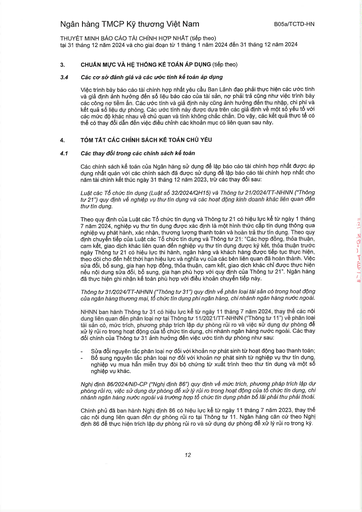
|3.|CHUẨN MỰC VÀ HỆ THỐNG KẾ TOÁN ÁP DỤNG (tiếp theo)| |---|---| |3.4|Các cơ sở đánh giá và các ước tính kế toán áp dụng| ||Việc trình bày báo cáo tài chính hợp nhất yêu cầu Ban Lãnh đạo phải thực hiện các ước tính và giả định ảnh hưởng đến số liệu báo cáo của tài sản, nợ phải trả cũng như việc trình bày các công nợ tiềm ẩn. Các ước tính và giả định này cũng ảnh hưởng đến thu nhập, chi phí và kết quả số liệu dự phòng. Các ước tính này được dựa trên các giả định về một số yếu tố với các mức độ khác nhau về chủ quan và tính không chắc chắn. Do vậy, các kết quả thực tế có thể có thay đổi dẫn đến việc điều chỉnh các khoản mục có liên quan sau này.| |4.|TÓM TẮT CÁC CHÍNH SÁCH KẾ TOÁN CHỦ YẾU| |4.1|Các thay đổi trong các chính sách kế toán| ||Các chính sách kế toán của Ngân hàng sử dụng để lập báo cáo tài chính hợp nhất được áp dụng nhất quán với các chính sách đã được sử dụng để lập báo cáo tài chính hợp nhất cho năm tài chính kết thúc ngày 31 tháng 12 năm 2023, trừ các thay đổi sau:| ||Luật các Tổ chức tín dụng (Luật số 32/2024/QH15) và Thông tư 21/2024/TT-NHNN ("Thông tư 21") quy định về nghiệp vụ thu tín dụng và các hoạt động kinh doanh khác liên quan đến thu tín dụng.| ||Theo quy định của Luật các Tổ chức tín dụng và Thông tư 21 có hiệu lực kể từ ngày 1 tháng 7 năm 2024, nghiệp vụ thu tín dụng được xác định là một hình thức cấp tín dụng thông qua nghiệp vụ phát hành, xác nhận, thương lượng thanh toán và hoàn trả thu tín dụng. Theo quy định chuyển tiếp của Luật các Tổ chức tín dụng và Thông tư 21: "Các hợp đồng, thỏa thuận, cam kết, giao dịch khác liên quan đến nghiệp vụ thu tín dụng được ký kết, thỏa thuận trước ngày Thông tư 21 có hiệu lực thi hành, ngân hàng và khách hàng được tiếp tục thực hiện, theo dõi cho đến hết thời hạn hiệu lực và nghĩa vụ của các bên liên quan đã hoàn thành. Việc sửa đổi, bổ sung, gia hạn hợp đồng, thỏa thuận, cam kết, giao dịch khác chỉ được thực hiện nếu nội dung sửa đổi, bổ sung, gia hạn phù hợp với quy định của Thông tư 21". Ngân hàng đã thực hiện ghi nhận kế toán phù hợp với điều khoản chuyển tiếp này.| ||Thông tư 31/2024/TT-NHNN ("Thông tư 31") quy định về phân loại tài sản có trong hoạt động của ngân hàng thương mại, tổ chức tín dụng phi ngân hàng, chi nhánh ngân hàng nước ngoài.| ||NHNN ban hành Thông tư 31 có hiệu lực kể từ ngày 11 tháng 7 năm 2024, thay thế các nội dung liên quan đến phân loại nợ tại Thông tư 11/2021/TT-NHNN ("Thông tư 11") về phân loại tài sản có, mức trích, phương pháp trích lập dự phòng rủi ro và việc sử dụng dự phòng để xử lý rủi ro trong hoạt động của tổ chức tín dụng, chi nhánh ngân hàng nước ngoài. Các thay đổi chính của Thông tư 31 ảnh hưởng đến việc ước tính dự phòng như sau:| ||Sửa đổi nguyên tắc phân loại nợ đối với khoản nợ phát sinh từ hoạt động bảo thanh toán; Bổ sung nguyên tắc phân loại nợ đối với khoản nợ phát sinh từ nghiệp vụ thu tín dụng, nghiệp vụ mua hàn miễn truy đòi bổ chứng từ xuất trình theo thư tín dụng và một số nghiệp vụ khác.| ||Nghị định 86/2024/NĐ-CP ("Nghị định 86") quy định về mức trích, phương pháp trích lập dự phòng rủi ro, việc sử dụng dự phòng để xử lý rủi ro trong hoạt động của tổ chức tín dụng, chi nhánh ngân hàng nước ngoài và trường hợp tổ chức tín dụng phân bổ lãi phải thu phải thoái.| ||Chính phủ đã ban hành Nghị định 86 có hiệu lực kể từ ngày 11 tháng 7 năm 2023, thay thế các nội dung liên quan đến dự phòng rủi ro tại Thông tư 11. Ngân hàng căn cứ theo Nghị định 86 để thực hiện trích lập dự phòng rủi ro và sử dụng dự phòng để xử lý rủi ro trong kỳ.|